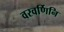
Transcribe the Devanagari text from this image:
वरवर्णिनि